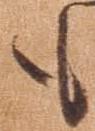
も